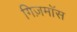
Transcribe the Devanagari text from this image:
गिज़मॉस